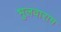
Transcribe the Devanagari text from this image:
भुलवाराम